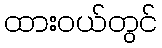
ထားဝယ်တွင်